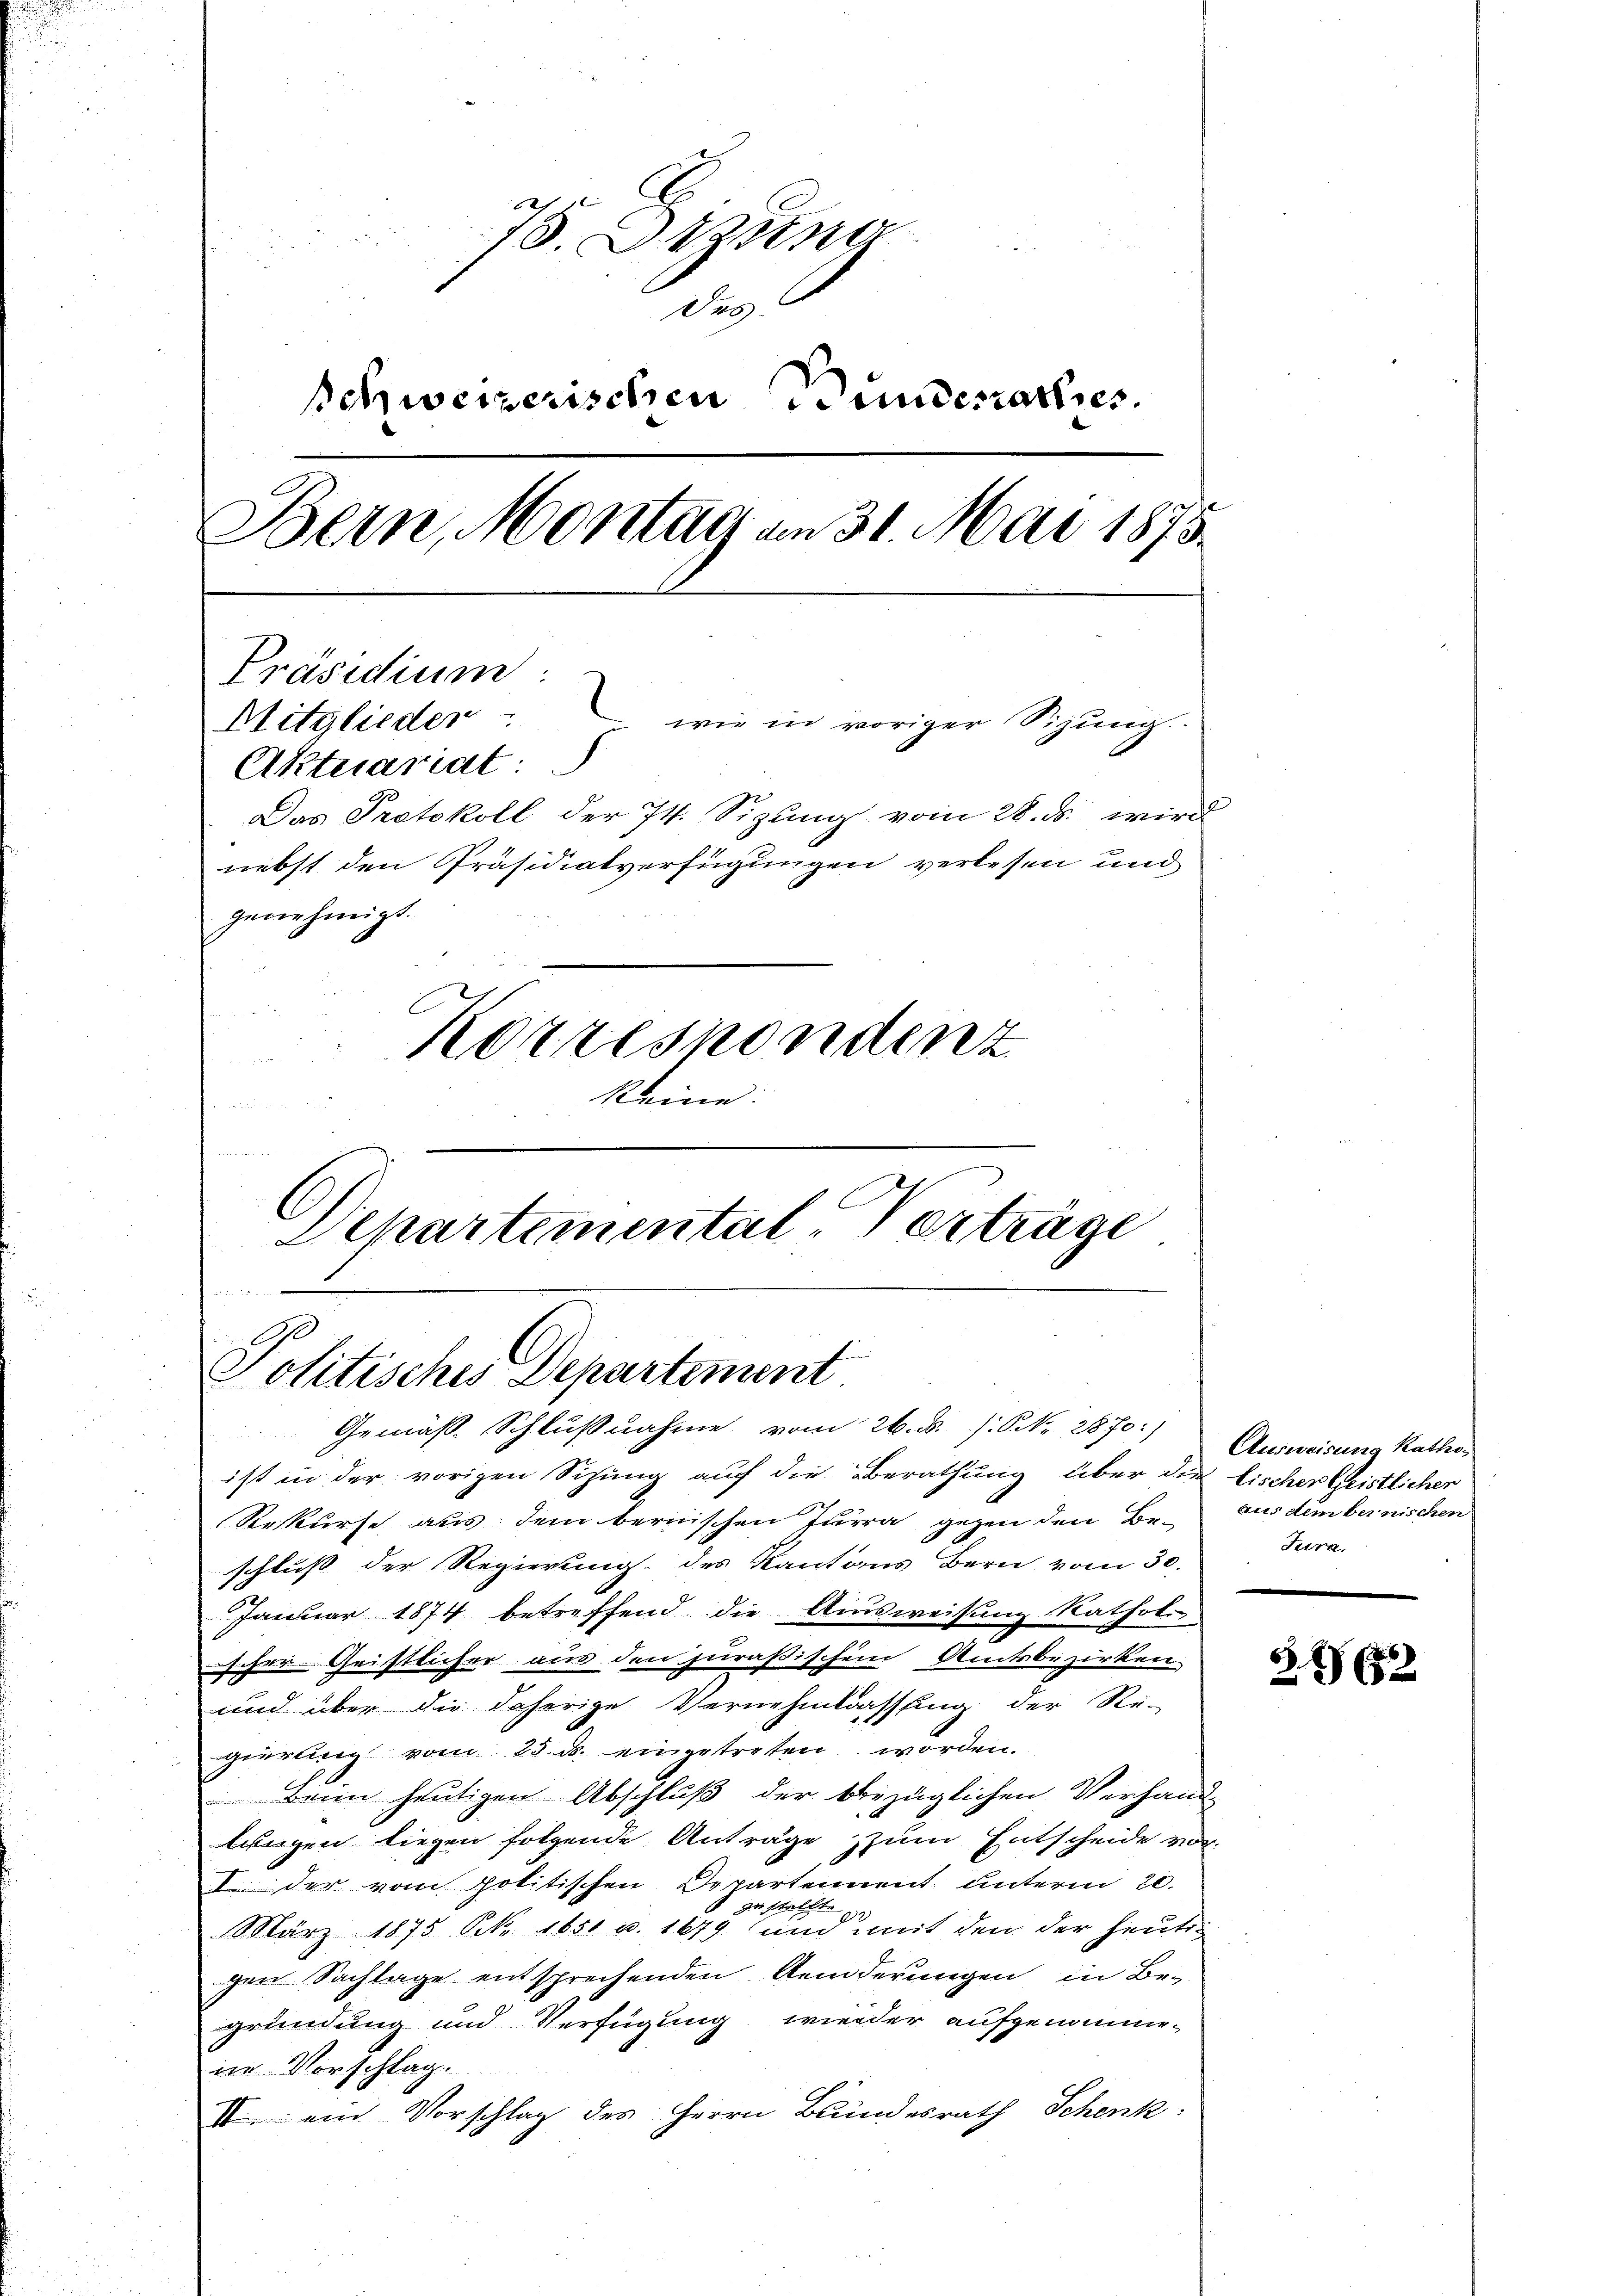
3
18. Atzun
des
schweizerischen Bundesrathes
Bern, Montag am 31. Mai 1875
Präsidium.
Mitglieder " " wie in voriger Sizungs-
Aktuariat:
Das Protokoll der 74. Sizung vom 28. ds. wird
nebst den Präsidialverfügungen verlesen und
genehmigt.
Korrespondenz
keine

Departemental-Verträge
u
Politisches Departement
Gemäß Schlußnahme vom 26. d. J. P. Nr. 2870:)

ist in der vorigen Sitzung auf die Berathung über die Fischer Geistlicher
Reskurse aus dem bernischen Turra gegen den Be-
schluß der Regierung des Kantons Bern vom 30.
Januar 1874 betreffend die Ausweisung katholi
ischer Geistlicher aus den juraßischem Amtsbezirken
und über die daherige Vernehmlassung der Re-
gierung vom 25. ds. eingetreten worden.
Beim heutigen Abschluß der bbezüglichen Verhandlingen liegen folgende Anträge zum Entscheide vor¬
I. der vom politischen Departennent unterm 20.
zu stellte ge
März 1875 N. 1850 u. 1679 und mit den der heute
gen Sachlage entsprechenden Aenderungen in Begründung und Verfügung wieder aufgenommein Vorschlag.
II ein Vorschlag des Herrn Blindesrath Schenk

Ausweisung katho
aus dem bernischen
Jura.

6
362